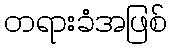
တရားခံအဖြစ်